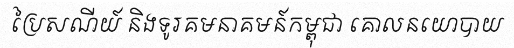
ប្រៃសណីយ៍ និងទូរគមនាគមន៍កម្ពុជា គោលនយោបាយ